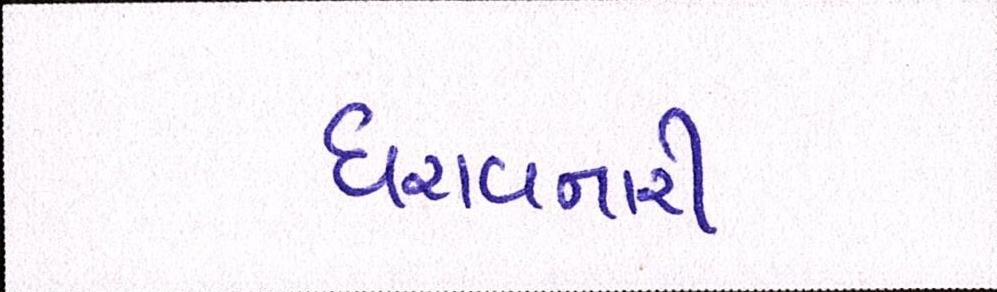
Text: ધરાવનારી